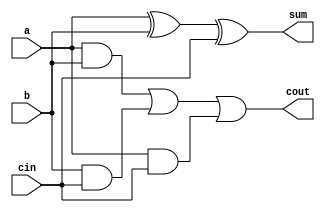
module fulladder(a,b,cin,sum,cout);

input a,b,cin;
output sum,cout;
wire w1,w2,w3;
xor XOR2_1(sum,a,b,cin);
and AND2_1(w1,a,b);
and AND2_2(w2,b,cin);
and AND2_3(w3,a,cin);
or OR2_1(cout,w1,w2,w3);

    
endmodule